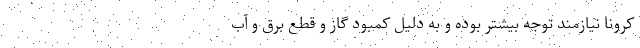
کرونا نیازمند توجه بیشتر بوده و به‌ دلیل کمبود گاز و قطع برق و آب